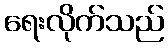
ရေးလိုက်သည်